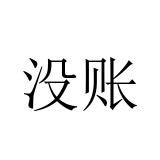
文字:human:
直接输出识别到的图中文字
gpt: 没账